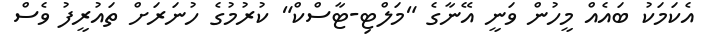
އެކަމަކު ބައެއް މީހުން ވަނީ އޭނާގެ "މަލްޓި-ޓާސްކް" ކުރުމުގެ ހުނަރަށް ތައުރީފު ވެސް